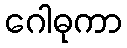
ဂေါဓုကာ